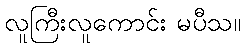
လူကြီးလူကောင်း မပီသ။